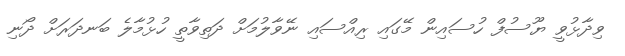
ވިދާޅުވީ ޔޫސުފް ހުސައިން މޭގައި ރިއްސައި ނޭވާލުމަށް ދަތިވާތީ ހުޅުމާލެ ބަނދަރަށް ދޯނި